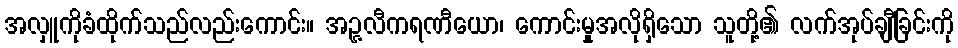
အလှူကိုခံထိုက်သည်လည်းကောင်း။ အဉ္ဇလီကရဏီယော၊ ကောင်းမှုအလိုရှိသော သူတို့၏ လက်အုပ်ချီခြင်းကို